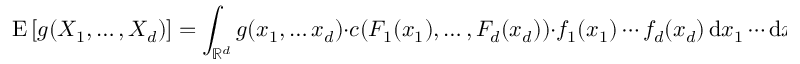
\operatorname { E } \left[ g ( X _ { 1 } , \dots , X _ { d } ) \right] = \int _ { \mathbb { R } ^ { d } } g ( x _ { 1 } , \dots x _ { d } ) \cdot c ( F _ { 1 } ( x _ { 1 } ) , \dots , F _ { d } ( x _ { d } ) ) \cdot f _ { 1 } ( x _ { 1 } ) \cdots f _ { d } ( x _ { d } ) \, \mathrm { d } x _ { 1 } \cdots \mathrm { d } x _ { d } .